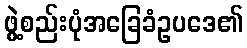
ဖွဲ့စည်းပုံအခြေခံဥပဒေ၏